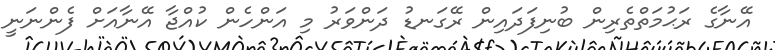
އޭނާގެ ރަޙުމަތްތެރިން ބުނިފަދައިން ރޭގަނޑު ދަންވަރު މި އަންހެން ކުއްޖާ އޭނާއަށް ފެންނަނީ